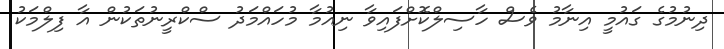
ދިނުމުގެ ގައުމީ އިނާމު ވެސް ހާސިލްކޮށްފައިވާ ނިއުމާ މުހައްމަދު ސްކްރީނުތަކުން އާ ފިލްމަކު